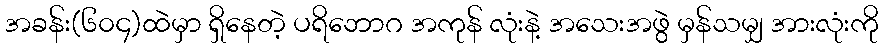
အခန်း(၆၀၄)ထဲမှာ ရှိနေတဲ့ ပရိဘောဂ အကုန် လုံးနဲ့ အသေးအဖွဲ မှန်သမျှ အားလုံးကို